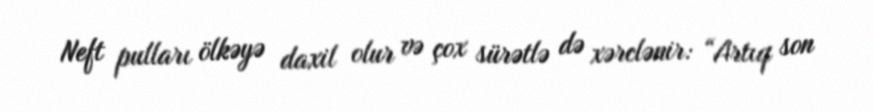
Neft pulları ölkəyə daxil olur və çox sürətlə də xərclənir: “Artıq son